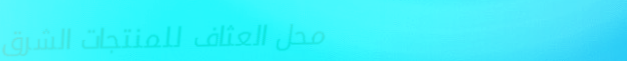
محل العثاف للمنتجات الشرق